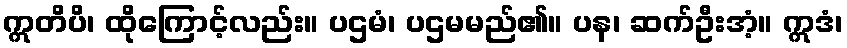
ဣတိပိ၊ ထိုကြောင့်လည်း။ ပဌမံ၊ ပဌမမည်၏။ ပန၊ ဆက်ဦးအံ့။ ဣဒံ၊